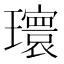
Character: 𪼮